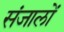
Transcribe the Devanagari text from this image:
संजालों